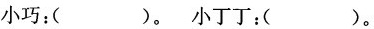
小巧：()。小丁丁：()。